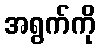
အရွက်ကို